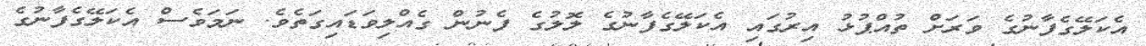
އެކަލޭގެފާނުގެ ވަރަށް ތުއްޕުޅު އިރުގައި އެކަލޭގެފާނުގެ ލޮލުގެ ފެނުން ގެއްލިވަޑައިގަތެވެ. ނަަމަވެސް އެކަލޭގެފާނުގެ